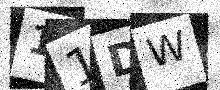
Text: 11DW